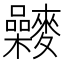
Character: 𪍻